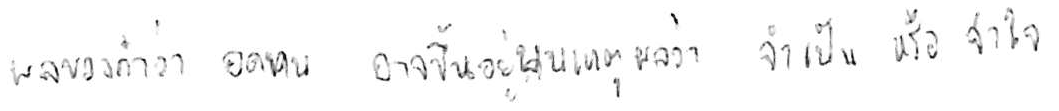
ผลของคำว่า อดทน อาจขึ้นอยู่บนเหตุผลว่า จำเป็น หรือ จำใจ